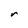
Character: r